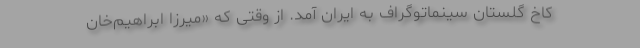
کاخ گلستان سینماتوگراف به ایران آمد. از وقتی که «میرزا ابراهیم‌خان